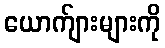
ယောက်ျားများကို